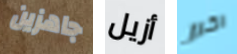
جاهزين أزيل اكرر